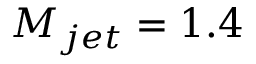
M _ { j e t } = 1 . 4